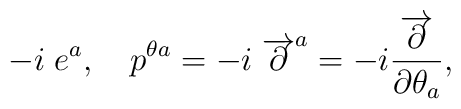
-i\; e^a, \quad p^{\theta a} = -i\; \overrightarrow{\partial}^a= -i \frac{\overrightarrow{\partial}}{\partial \theta_a},